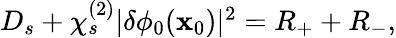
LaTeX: \begin{array}{r}{D_{s}+\chi_{s}^{(2)}|\delta\phi_{0}(\mathbf{x}_{0})|^{2}=R_{+}+R_{-},}\end{array}